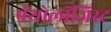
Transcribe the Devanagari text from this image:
पॅथोलॉजिस्ट